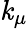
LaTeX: \mathit{k}_{\mu}